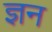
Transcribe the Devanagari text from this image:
ज्ञन